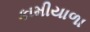
કામીયાળા